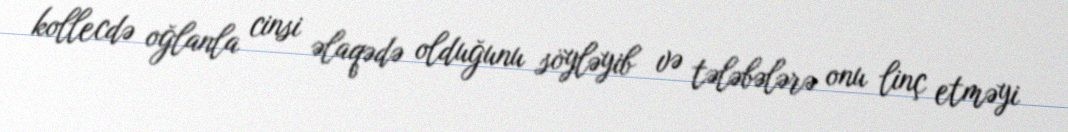
kollecdə oğlanla cinsi əlaqədə olduğunu söyləyib və tələbələrə onu linç etməyi